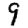
Digit: 9